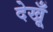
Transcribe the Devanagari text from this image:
देखूँ